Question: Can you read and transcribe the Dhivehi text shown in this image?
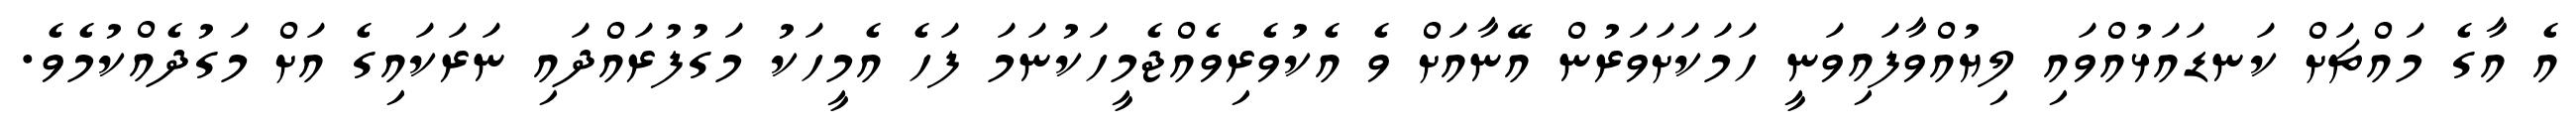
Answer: އެ އާގެ މައްޗަށް ކަނޑައަޅުއްވައި ލިޔުއްވާފައިވަނީ ހަމަކަށަވަރުން އޭނާއަށް ވެ އެކުވެރިވެއްޖެމީހަކުނަމަ ފަހެ އެމީހަކު މަގުފުރައްދައި ނަރަކައިގެ އަށް މަގުދެއްކުމެވެ.